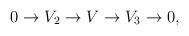
LaTeX: \begin{align*}0 \to V_2 \to V \to V_3 \to 0 ,\end{align*}